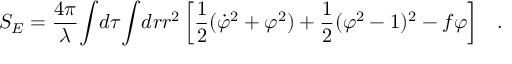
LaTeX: S _ { E } = \frac { 4 \pi } { \lambda } { \int } d \tau { \int } d r r ^ { 2 } \left[ \frac { 1 } { 2 } ( \dot { \varphi } ^ { 2 } + { \varphi } ^ { 2 } ) + \frac { 1 } { 2 } ( { \varphi } ^ { 2 } - 1 ) ^ { 2 } - f { \varphi } \right] \; \; \; .